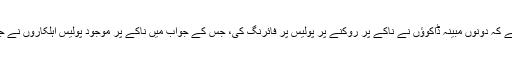
پولیس کا دعویٰ ہے کہ دونوں مبینہ ڈاکوؤں نے ناکے پر روکنے پر پولیس پر فائرنگ کی، جس کے جواب میں ناکے پر موجود پولیس اہلکاروں نے جوابی فائرنگ کی۔